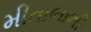
મીતાભાભી